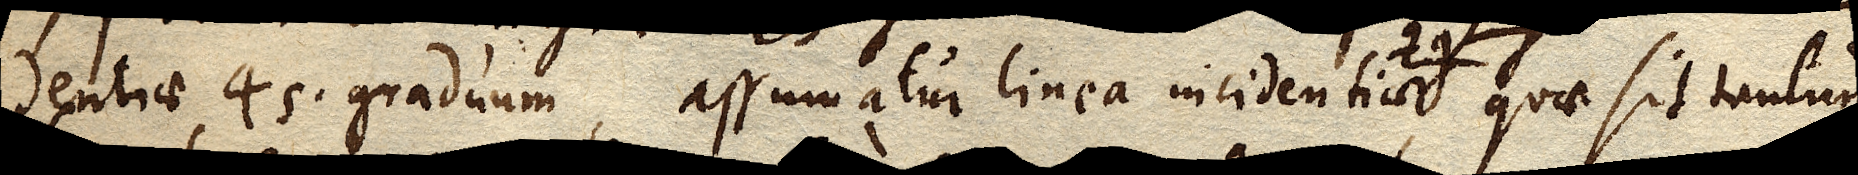
dentiae 45 graduum, assumatur linea incidentiae qg. quae sit tantum